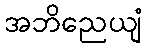
အဘိညေယျံ